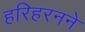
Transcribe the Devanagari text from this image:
हरिहरनने